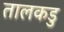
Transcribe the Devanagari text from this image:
तालकडु